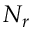
N _ { r }